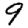
Digit: 9